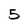
Character: 5